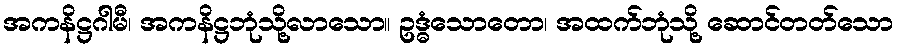
အကနိဋ္ဌဂါမီ၊ အကနိဋ္ဌဘုံသို့လာသော။ ဥဒ္ဓံသောတော၊ အထက်ဘုံသို့ ဆောင်တတ်သော